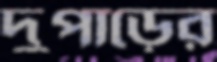
দুপাড়ের